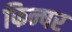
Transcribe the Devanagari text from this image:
फिन्षर